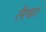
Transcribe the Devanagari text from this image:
लैका